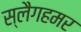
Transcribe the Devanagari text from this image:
स्लैगहमर